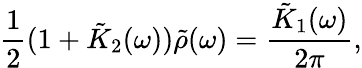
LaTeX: \frac{1}{2}(1+\tilde{K}_{2}(\omega))\tilde{\rho}(\omega)=\frac{\tilde{K}_{1}(\omega)}{2\pi},